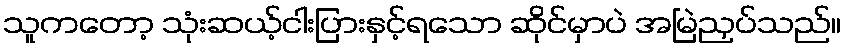
သူကတော့ သုံးဆယ့်ငါးပြားနှင့်ရသော ဆိုင်မှာပဲ အမြဲညှပ်သည်။